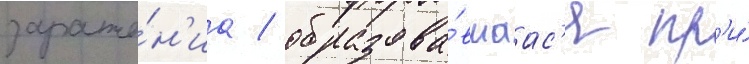
зараже́н'иа / образова́вшаас'я пр'и́